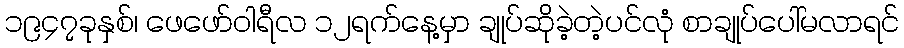
၁၉၄၇ခုနှစ်၊ ဖေဖော်ဝါရီလ ၁၂ရက်နေ့မှာ ချုပ်ဆိုခဲ့တဲ့ပင်လုံ စာချုပ်ပေါ်မလာရင်